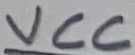
Text: VCC